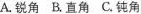
A.锐角B.直角C.钝角